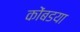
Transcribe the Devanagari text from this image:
कोंबडया